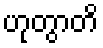
ဟုတွာတိ